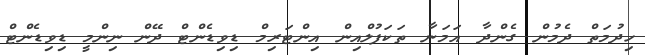
ހިދުމަތް ދެމުން ގެންދާ އަމަނާ ތަކަފުލްއިން އިންޓަރިމް ޑިވިޑެންޓް ދޭން ނިންމީ ޑިވިޑެންޓް